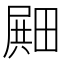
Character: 𪽛